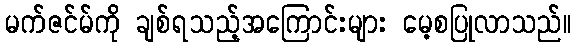
မက်ဇင်မ်ကို ချစ်ရသည့်အကြောင်းများ မေ့စပြုလာသည်။